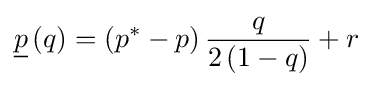
{\underline {p}}\left(q\right)=\left(p^{*}-p\right){\frac {q}{2\left(1-q\right)}}+r